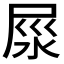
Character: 𡱴